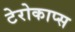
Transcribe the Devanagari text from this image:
टेरोकाप्स